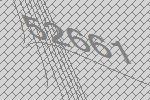
52661